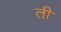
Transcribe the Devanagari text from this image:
ती